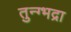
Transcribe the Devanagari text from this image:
तुन्ग्भद्रा